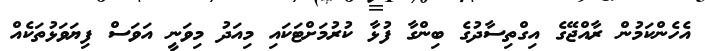
އެހެންކަމުން ރާއްޖޭގެ އިގްތިސާދުގެ ބިންގާ ފުޅާ ކުރުމަށްޓަކައި މިއަދު މިވަނީ އަވަސް ފިޔަވަޅުތަކެއް